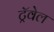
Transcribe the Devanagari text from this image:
ट्रॅवेल